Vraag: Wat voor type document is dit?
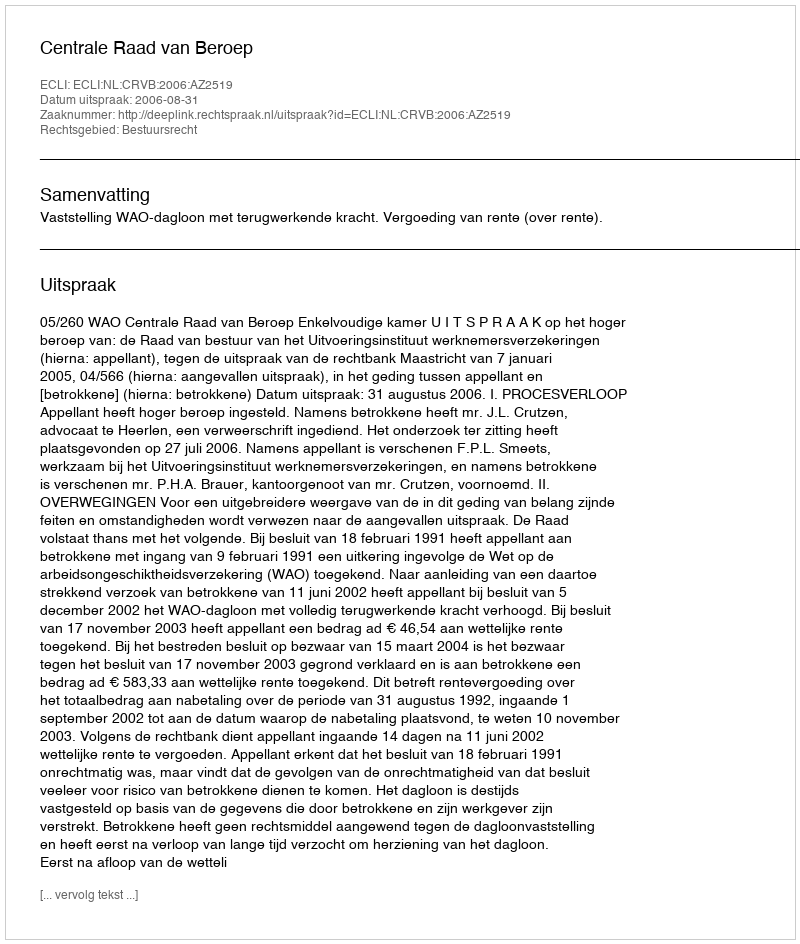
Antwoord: Uitspraak